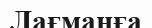
Лағманға